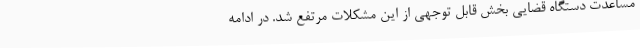
مساعدت دستگاه قضایی بخش قابل توجهی از این مشکلات مرتفع شد. در ادامه